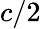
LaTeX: c/2